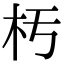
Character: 𣏓